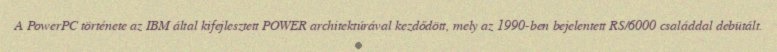
A PowerPC története az IBM által kifejlesztett POWER architektúrával kezdődött, mely az 1990-ben bejelentett RS/6000 családdal debütált.